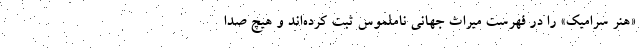
«هنر سرامیک» را در فهرست میراث جهانی ناملموس ثبت‌ کرده‌اند و هیچ صدا